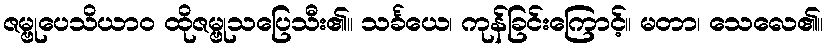
ဇမ္ဗုပေသိယာဝ ထိုဇမ္ဗုသပြေသီး၏။ သင်္ခယေ၊ ကုန်ခြင်းကြောင့်။ မတာ၊ သေလေ၏။